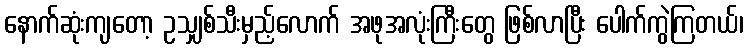
နောက်ဆုံးကျတော့ ဥသျှစ်သီးမှည့်လောက် အဖုအလုံးကြီးတွေ ဖြစ်လာပြီး ပေါက်ကွဲကြတယ်၊